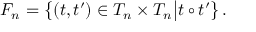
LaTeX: F _ { n } = \bigl \{ ( t , t ^ { \prime } ) \in T _ { n } \times T _ { n } \bigl | t \circ t ^ { \prime } \bigl \} \, .